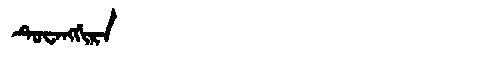
Manchu: ᡨᡠᠸᠠᠩᡤᡳᡵᠠ
Romanization: TUWANGGIRA